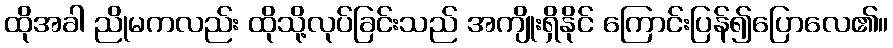
ထိုအခါ ညိုမကလည်း ထိုသို့လုပ်ခြင်းသည် အကျိုးရှိနိုင် ကြောင်းပြန်၍ပြောလေ၏။